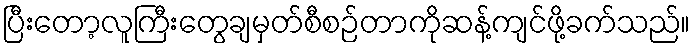
ပြီးတော့လူကြီးတွေချမှတ်စီစဉ်တာကိုဆန့်ကျင်ဖို့ခက်သည်။